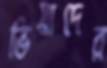
ভিয়াদের